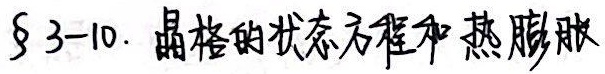
$\S 3 - 10$. 晶格的状态方程和热膨胀